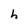
Character: h